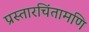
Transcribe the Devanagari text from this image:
प्रस्तारचिंतामणि